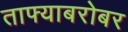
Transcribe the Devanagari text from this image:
ताफ्याबरोबर